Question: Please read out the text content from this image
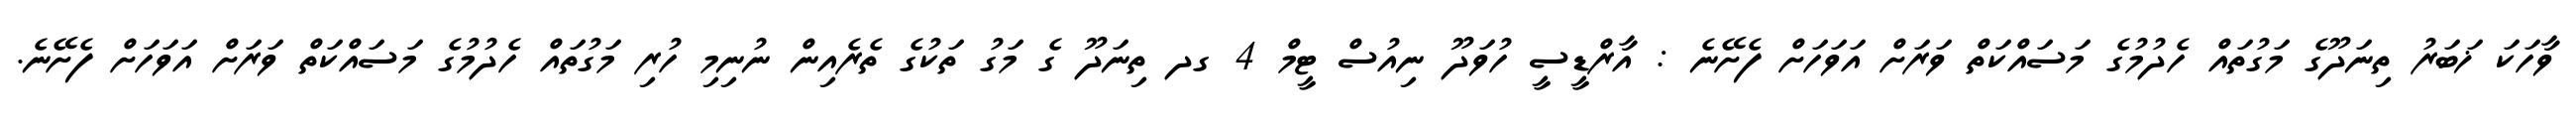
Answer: ވާހަކަ ޚަބަރު ތިނަދޫގެ މަގުތައް ހެދުމުގެ މަސައްކަތް ވަރަށް އަވަހަށް ފެށޭނެ : އާރްޑީސީ ހުވަދޫ ނިއުސް ޓީމް 4 ގދ ތިނަދޫ ގެ މަގު ތަކުގެ ތެރެއިން ނުނިމި ހުރި މަގުތައް ހެދުމުގެ މަސައްކަތް ވަރަށް އަވަހަށް ފެށޭނެ.